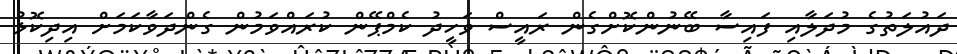
ދައުލަތުގެ މުދަލާއި ފައިސާ ބޭނުންކޮށްގެން ރައީސް ވަހީދު ކެމްޕޭން ކުރައްވަމުން ގެންދަވާކަމަށް އިދިކޮޅު